Indian journal of veterinary science and animal husbandry - Volume 5,
Year: 1935
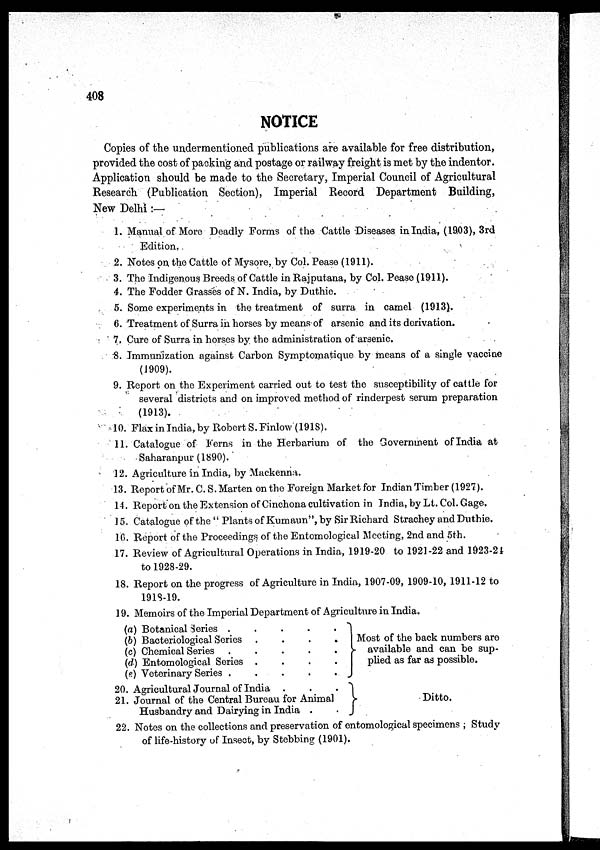
408
NOTICE
Copies of the undermentioned publications are available for free distribution,
provided the cost of packing and postage or railway freight is met by the indentor.
Application should be made to the Secretary, Imperial Council of Agricultural
Research (Publication Section), Imperial Record Department Building,
New Delhi :—
1. Manual of More Deadly Forms of the Cattle Diseases in India, (1903), 3rd
Edition.
2. Notes on the Cattle of Mysore, by Col. Pease (1911).
3. The Indigenous Breeds of Cattle in Rajputana, by Col. Pease (1911).
4. The Fodder Grasses of N. India, by Duthie.
5. Some experiments in the treatment of surra in camel (1913).
6. Treatment of Surra in horses by means of arsenic and its derivation.
7. Cure of Surra in horses by the administration of arsenic.
8. Immunization against Carbon Symptomatique by means of a single vaccine
(1909).
9. Report on the Experiment carried out to test the susceptibility of cattle for
several districts and on improved method of rinderpest serum preparation
(1913).
10. Flax in India, by Robert S.Finlow (1918).
11. Catalogue of Ferns in the Herbarium of the Government of India at
Saharanpur (1890).
12. Agriculture in India, by Mackenna.
13. Report of Mr.C.S. Marten on the Foreign Market for Indian Timber (1927).
14. Report on the Extension of Cinchona cultivation in India, by Lt. Col. Gage.
15. Catalogue of the" Plants of Kumaun", by Sir Richard Strachey and Duthie.
16. Report of the Proceedings of the Entomological Meeting, 2nd and 5th.
17. Review of Agricultural Operations in India, 1919-20 to 1921-22 and 1923-24
to 1928-29.
18. Report on the progress of Agriculture in India, 1907-09, 1909-10, 1911-12 to
1918-19.
19. Memoirs of the Imperial Department of Agriculture in India.
(a) Botanical series
.
.
.
.
.
(6) Bacteriological Series . . . . .
(c) Chemical Series
.
.
.
.
.
(d) Entomological Series . . . . .
(e) Veterinary Series
.
.
.
.
.
20. Agricultural Journal of India . . . . .
21. Journal of the Central Bureau for Animal
Husbandry and Dairying in India . .
Most of the back numbers are
available and can be sup-
plied as far as possible.
Ditto.
22. Notes on the collections and preservation of entomological specimens ; Study
of life-history of Insect, by Stebbing (1901).